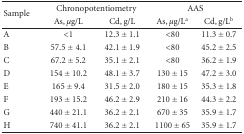
<table><thead><tr><td rowspan="2"><b>Sample</b></td><td colspan="2"><b>Chronopotentiometry</b></td><td colspan="2"><b>AAS</b></td></tr><tr><td><b>As, <i>μ</i>g/L</b></td><td><b>Cd, g/L</b></td><td><b>As, <i>μ</i>g/L<sup>a</sup></b></td><td><b>Cd, g/L<sup>b</sup></b></td></tr></thead><tbody><tr><td>A</td><td>&lt;1</td><td>12.3 ± 1.1</td><td>&lt;80</td><td>11.3 ± 0.7</td></tr><tr><td>B</td><td>57.5 ± 4.1</td><td>42.1 ± 1.9</td><td>&lt;80</td><td>45.2 ± 2.5</td></tr><tr><td>C</td><td>67.2 ± 5.2</td><td>35.1 ± 2.1</td><td>&lt;80</td><td>36.2 ± 1.9</td></tr><tr><td>D</td><td>154 ± 10.2</td><td>48.1 ± 3.7</td><td>130 ± 15</td><td>47.2 ± 3.0</td></tr><tr><td>E</td><td>165 ± 9.4</td><td>31.5 ± 2.0</td><td>180 ± 15</td><td>35.3 ± 1.8</td></tr><tr><td>F</td><td>193 ± 15.2</td><td>46.2 ± 2.9</td><td>210 ± 16</td><td>44.3 ± 2.2</td></tr><tr><td>G</td><td>440 ± 21.1</td><td>36.2 ± 2.1</td><td>670 ± 35</td><td>35.9 ± 1.7</td></tr><tr><td>H</td><td>740 ± 41.1</td><td>36.2 ± 2.1</td><td>1100 ± 65</td><td>35.9 ± 1.7</td></tr></tbody></table>